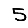
Digit: 5